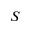
S